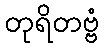
တုရိတဗ္ဗံ